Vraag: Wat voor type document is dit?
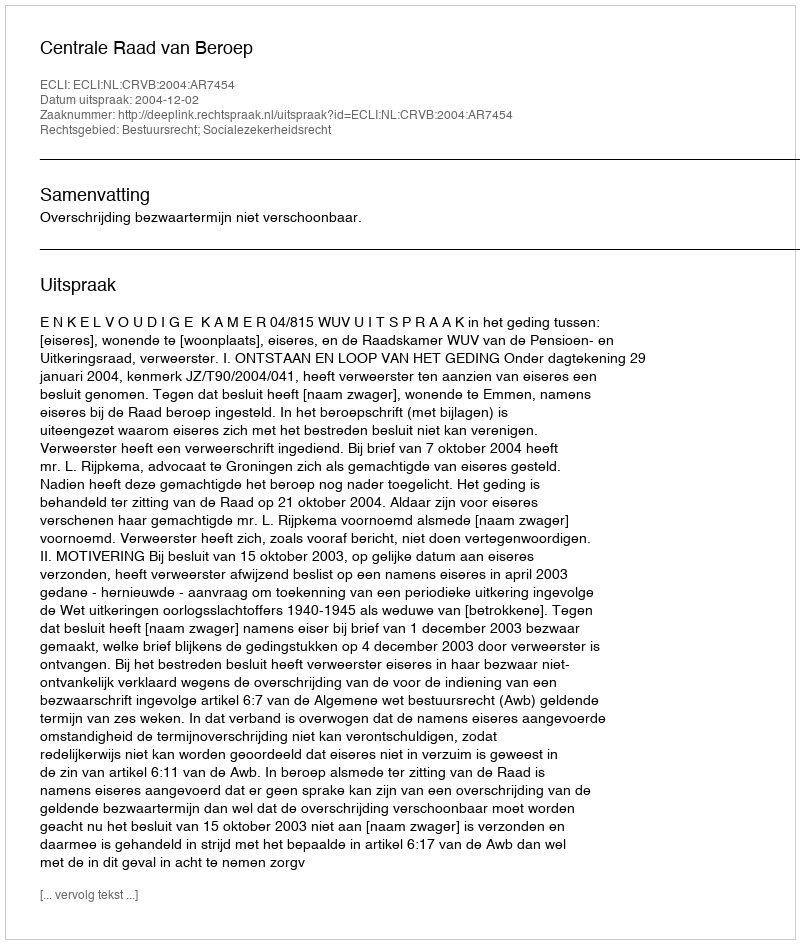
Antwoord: Uitspraak